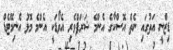
ޑިޒްނީ އަތުގައި ނެތް އޮސްކާގެ އެންމެ ޝަރަފްވެރި އެވޯޑަކީ އެންމެ މޮޅު އެނިމޭޓެޑް